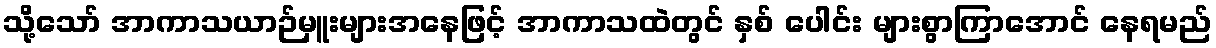
သို့သော် အာကာသယာဉ်မှူးများအနေဖြင့် အာကာသထဲတွင် နှစ် ပေါင်း များစွာကြာအောင် နေရမည်